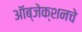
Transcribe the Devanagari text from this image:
ऑब्जेक्शनचे